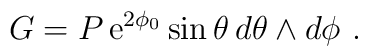
G = P\, {\mbox{e}}^{2\phi_0}\sin \theta \, d\theta \wedge d\phi\ .